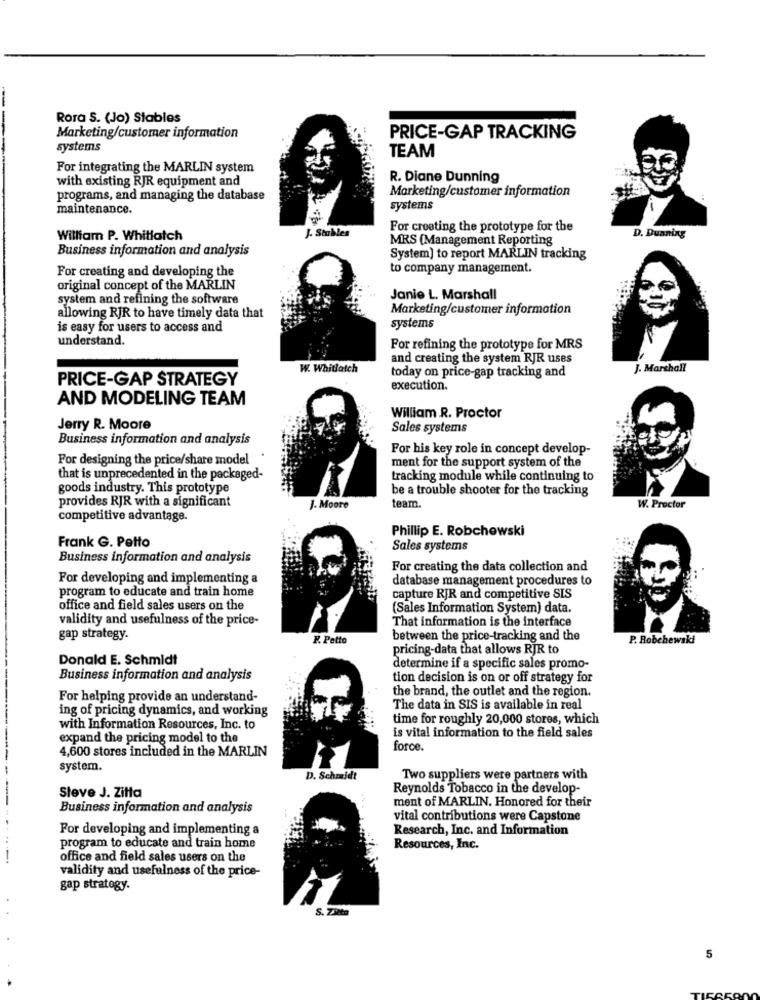
Rora S. (Jo) Stables
Marketing/customer information
PRICE-GAP TRACKING
systems
TEAM
For integrating the MARLIN system
with existing RJR equipment and
R. Diane Dunning
Marketing/customer information
programs, and managing the database
maintenance.
systems
J- Stables
For creating the prototype for the
D. Dunning
William P. Whitlatch
MRS (Management Reporting
Business information and analysis
System) to report MARLIN tracking
For creating and developing the
to company management.
original concept of the MARLIN
system and refining the software
Janie L. Marshall
Marketing/customer information
allowing RJR to have timely data that
is easy for users to access and
systems
understand.
For refining the prototype for MRS
and creating the system RJR uses
W. Whitlatch
today on price-gap tracking and
J. Marshall
PRICE-GAP STRATEGY
execution.
AND MODELING TEAM
William R. Proctor
Jerry R. Moore
Sales systems
Business information and analysis
For his key role in concept develop-
For designing the price/share model
ment for the support system of the
that is unprecedented in the packaged-
tracking module while continuing to
goods industry. This prototype
be a trouble shooter for the tracking
provides RJR with a significant
J. Moore
team.
W. Proctor
competitive advantage.
Phillip E. Robchowski
Frank G. Petto
Sales systems
Business information and analysis
For creating the data collection and
For developing and implementing a
database management procedures to
program to educate and train home
capture RJR and competitive SIS
office and field sales users on the
(Sales Information System) data.
validity and usefulness of the price-
That information is the interface
gap strategy.
F. Petto
between the price-tracking and the
P. Robchewski
pricing-data that allows RJR to
Donald E. Schmidt
determine if a specific sales promo-
Business information and analysis
tion decision is on or off strategy for
the brand, the outlet and the region.
For helping provide an understand-
ing of pricing dynamics, and working
The data in SIS is available in real
time for roughly 20,000 stores, which
with Information Resources, Inc. to
is vital information to the field sales
expand the pricing model to the
4,600 stores included in the MARLIN
force.
system.
D. Schmidt
Two suppliers were partners with
Reynolds Tobacco in the develop-
Steve J. Zitta
ment of MARLIN. Honored for their
Business information and analysis
vital contributions were Capstone
For developing and implementing a
Research, Inc. and Information
program to educate and train home
Resources, Inc.
office and field sales users on the
validity and usefulness of the price-
gap strategy.
S. Zita
5